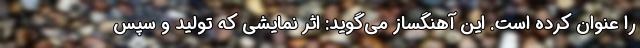
را عنوان کرده است. این آهنگساز می‌گوید: اثر نمایشی که تولید و سپس